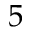
5